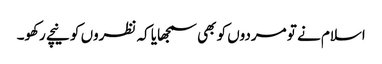
اسلام نے تو مردوں کو بھی سمجھایا کہ نظروں کو نیچے رکھو۔